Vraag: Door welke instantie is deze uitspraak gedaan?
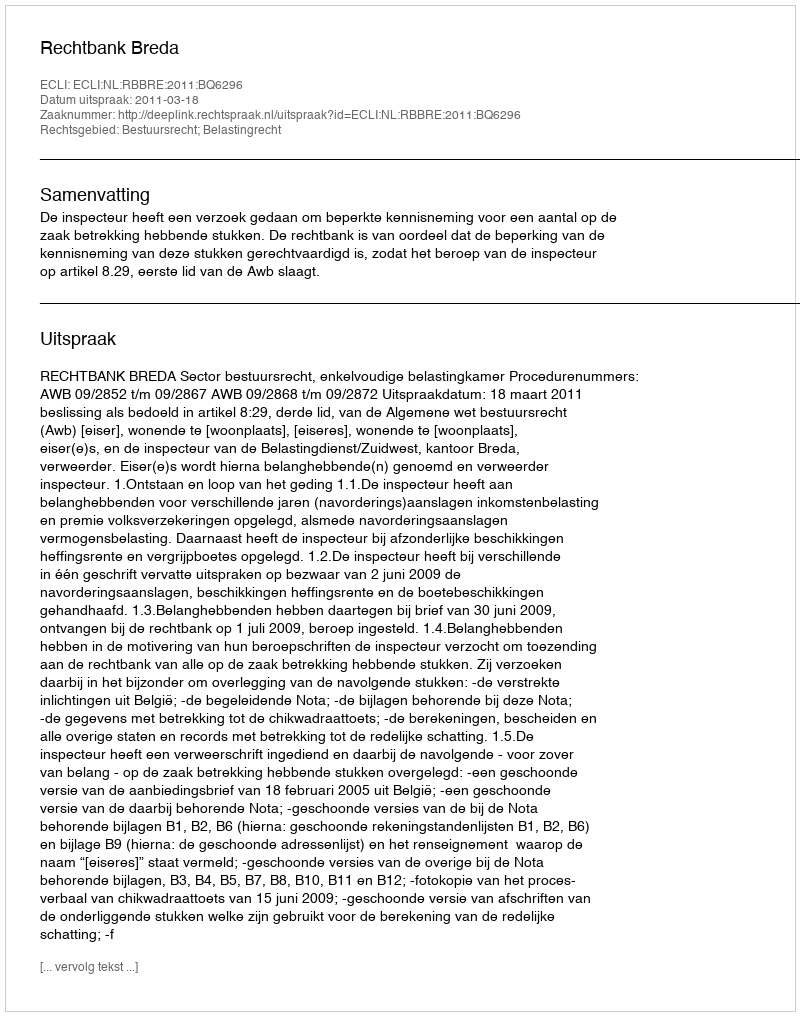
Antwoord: Rechtbank Breda